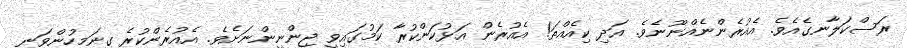
ރަސްކަލާނގެއެވެ. އެއުރެންނެއްނޫނެވެ. އަދި ކިއެއްތަ! އެއުރެން އަޅުކަންކުރާ ކަމުގައިވީ ޖިންނީންނަށެވެ. އެއުރެންކުރެ ގިނަމީހުންވަނީ